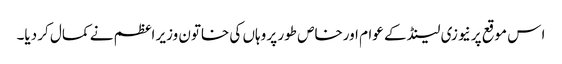
ا س موقع پر نیوزی لینڈ کے عوام اورخاص طور پر وہاں کی خاتون وزیر اعظم نے کمال کر دیا۔